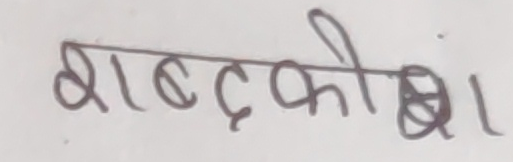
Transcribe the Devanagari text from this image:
शब्दकोष